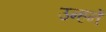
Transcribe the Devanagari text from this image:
उन्हनें